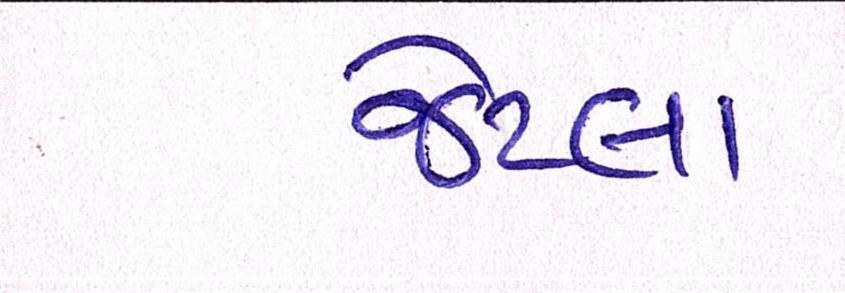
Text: જેટલા